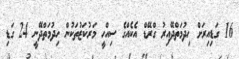
16 ގަޑިއިރަށް ހިދުމަތްދޭއިރު ގްރޭޑް އެކެއްގެ ސިއްހީ މަރުކަޒުތަކުން ހިދުމަތްދޭނީ 24 ގަޑި